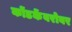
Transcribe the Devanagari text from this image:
कोंडकेंबरोबर